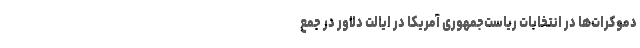
دموکرات‌ها در انتخابات ریاست‌جمهوری آمریکا در ایالت دلاور در جمع